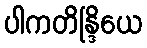
ပါကတိန္ဒြိယေ